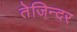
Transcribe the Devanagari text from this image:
तेजिन्दर